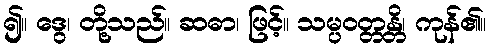
၍။ ဒွေ၊ တို့သည်။ ဆဓာ၊ ဖြင့်။ သမ္ပဝတ္တန္တိ၊ ကုန်၏။